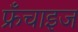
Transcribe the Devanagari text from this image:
फ्रँचाइज